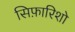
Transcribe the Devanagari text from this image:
सिफ़ारिशो